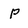
Character: P